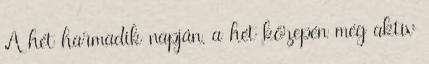
A hét harmadik napján, a hét közepén még aktív